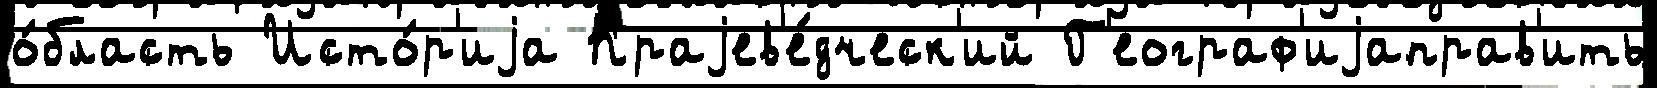
о́бласть Исто́р'иjа Краjев'е́дческ'ий Г'еограф'иjаправ'ить